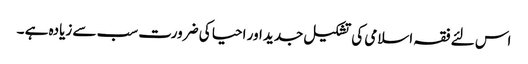
اس لئے فقہ اسلامی کی تشکیل جدید اور احیا کی ضرورت سب سے زیادہ ہے ۔